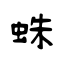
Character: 蛛